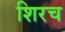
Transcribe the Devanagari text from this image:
शिरच